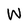
Character: W